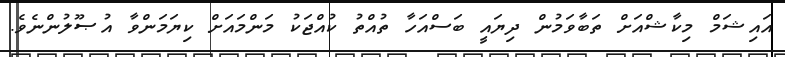
އައިޝަމް މިކާޝްއަށް ތަބާވަމުން ދިޔައީ ބަސްއަހާ ތުއްތު ކުއްޖަކު މަންމައަށް ކިޔަމަންވާ އުޞޫލުންނެވެ.